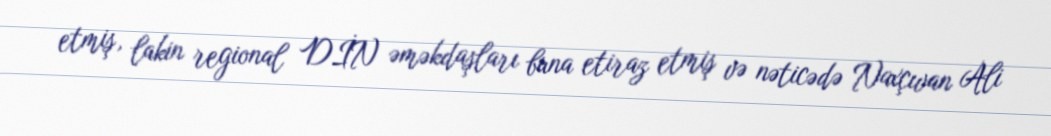
etmiş, lakin regional DİN əməkdaşları buna etiraz etmiş və nəticədə Naxçıvan Ali